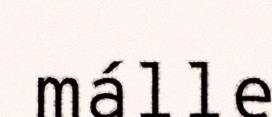
málle